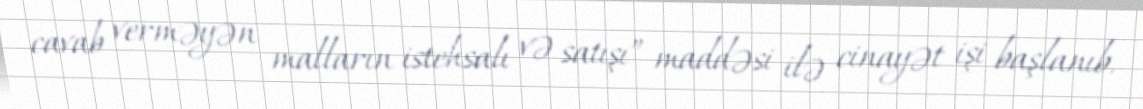
cavab verməyən malların istehsalı və satışı” maddəsi ilə cinayət işi başlanıb.